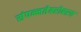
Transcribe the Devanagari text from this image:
संपन्नतेबरोबरच